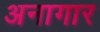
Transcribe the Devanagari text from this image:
अनागार